Annual returns of the Patna Lunatic Asylum at Bankipore in Bihar and Orissa - 1912-1924
Year: 1912
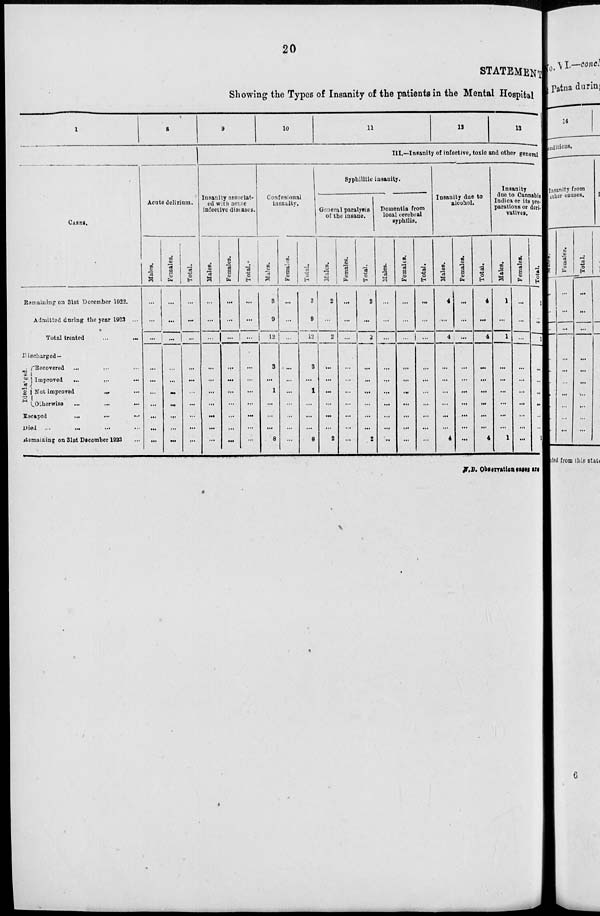
20
STATEMENT
Showing the Types of Insanity of the patients in the Mental Hospital
1
CASES.
Ramaining on 31st December 1922.
Admitted during the year 1923 ...
Total treated
...
...
Discharged—
Discharged.
Recovered ... ... ...
Improved ... ... ...
Not improved ... ...
Otherwise ... ... ...
Escaped ... ... ...
Died
...
...
...
Remaining on 31st December 1923 ...
8
Acute delirium.
Males.
...
...
...
...
...
...
...
...
...
...
Females.
...
...
...
...
...
...
...
...
...
...
Total.
...
...
...
...
...
...
...
...
...
...
9
10
11
12
13
III.—Insanity of infective, toxic and other general
Insanity associat-
ed with acute
infective diseases.
Males.
...
...
...
...
...
...
...
...
...
Females.
...
...
...
...
...
...
...
...
...
...
Total.
...
...
...
...
...
...
...
...
...
...
Confusional
insanity.
Males.
3
9
12
3
...
1
...
...
...
8
Females.
...
...
...
...
...
...
...
...
...
...
Total.
3
9
12
3
...
1
...
...
...
8
Syphilitic insanity.
General paralysis
of the insane.
Males.
2
...
2
...
...
...
...
...
...
2
Females.
...
...
...
...
...
...
...
...
...
...
Total.
2
...
2
...
...
...
...
...
...
2
Dementia from
local cerebral
syphilis.
Males.
...
...
...
...
...
...
...
...
....
...
Females.
...
...
...
...
...
...
...
...
...
Total.
...
...
...
...
...
...
...
...
...
...
Insanity due to
alcohol.
Males.
4
...
4
...
...
...
...
...
...
4
Females.
...
...
...
...
...
...
...
...
...
...
Total.
4
...
4
...
...
...
...
...
...
4
Insanity
due to Cannabis
Indica or its pre¬
parations or deri¬
vatives.
Males.
1
...
1
...
...
...
...
...
...
1
Females.
...
...
...
...
...
...
...
...
...
...
Total.
1
...
1
...
...
...
...
...
...
1
N.B. Observation cases are